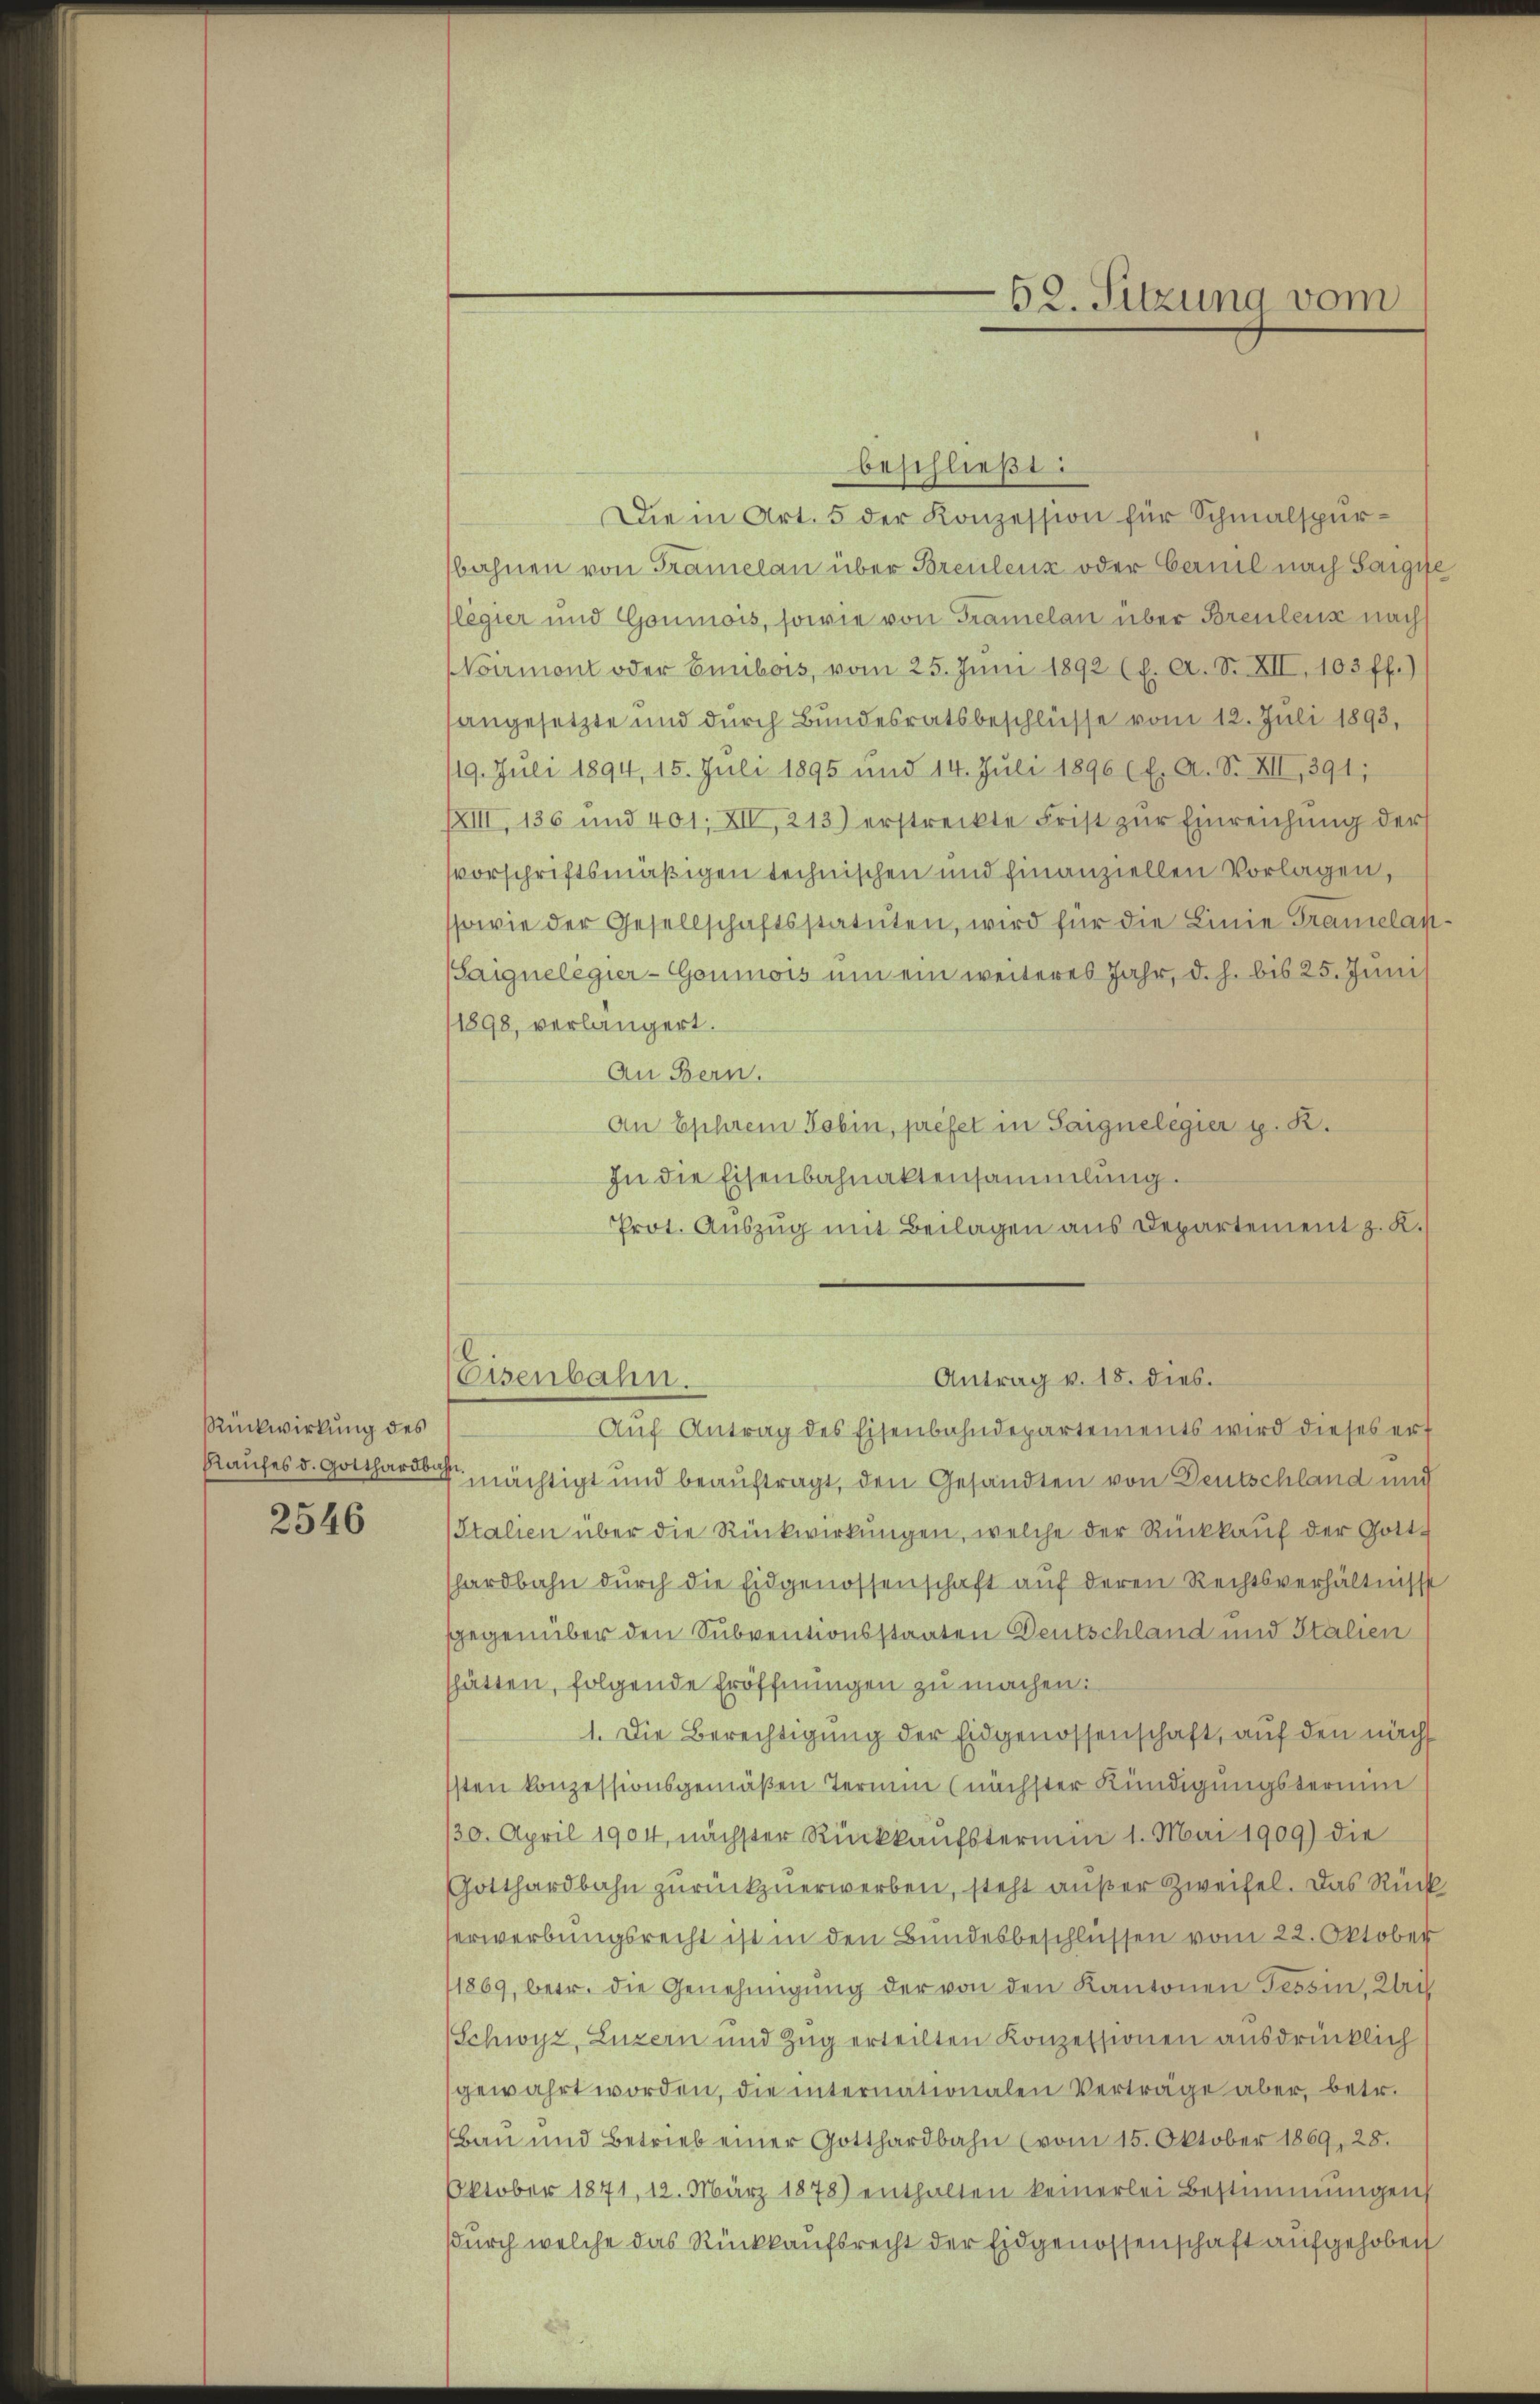
Rückwirkung des

2546

beschließt:
Die in Art. 5 der Konzession für Schmalspurbahnen von Tramelan über Breulenz oder Cernil nach Saigife
legier und Goumois, sowie von Gramelan über Breulenz nach
Noirmont oder Emibois, vom 25. Juni 1892 (f. A. S. XII, 103 ff.)
angesetzte und durch Bundesratsbeschlüsse vom 12. Juli 1893,
/19. Juli 1894, 15. Juli 1895 und 14. Juli 1896 (E. A. S. XII, 391;
XIII, 136 und 401; XII, 213) erstreckte Frist zŭr Einreichung der
svorschriftsmäßigen technischen und finanziellen Vorlagen,
ssowie der Gesellschaftsstatuten, wird für die Linie Tramelan
Saignelegier-Goumois um ein weiteres Jahr, d. h. bis 25. Juni
1898, verlängert.
An Bern.
An Ephrem Tobin, préfet in Saignelegier p. K.
In die Eisenbahnaktensammlung.
Prot. Auszug mit Beilagen aus Departement z. K.
Antrag v. 18. dies.
Eisenbahn.
Aŭf Antrag des Eisenbahndepartements wird dieses ert
Raufes d. Gottharin nächtigt und beauftragt, den Gesandten von Deutschland und
Italien über die Rückwirkŭngen, welche der Rückkaŭf der Gott-
hardbahn dŭrch die Eidgenossenschaft auf deren Rechtsverhältniss
sgegenüber den Subventionsstaaten Deutschland und Italien
shätten, folgende Eröffnungen zu machen:
1. Die Berechtigung der Eidgenossenschaft, auf den nächs
sten konzessionsgemäßen Termin (nächster Kündigungsterium
30. April 1904, nächster Rückkaufstermin 1. Mai 1909) die
Gotthardbahn zŭrückzuerwerben, steht außer Zweifel. Das Rückerwerbungsrecht ist in den Bundesbeschlüssen vom 22. Oktober
11869, betr. die Genehmigung der von den Kantonen Tessin, Ulri
(Schwyz, Luzern und Zŭg erteilten Konzessionen ausdrücklich
gewahrt worden, die internationalen Verträge aber, betr.
Bau und Betrieb einer Gotthardbahn (vom 15. Oktober 1869, 28.
Oktober 1871, 12. März 1878 enthalten keinerlei Bestimmungen
sdurch welche das Rückkaufsrecht der Eidgenossenschaft aufgehoben

52. Sitzung vom